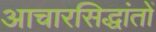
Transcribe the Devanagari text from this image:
आचारसिद्धांतों